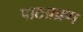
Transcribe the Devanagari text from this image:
पाठय़क्रम